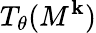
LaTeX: T_{\theta}(M^{\mathbf{k}})